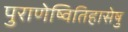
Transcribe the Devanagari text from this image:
पुराणेष्वितिहासेषु